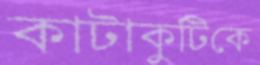
কাটাকুটিকে